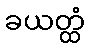
ခယတ္ထံ